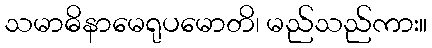
သမာဓိနာမေရုပမောတိ၊ မည်သည်ကား။